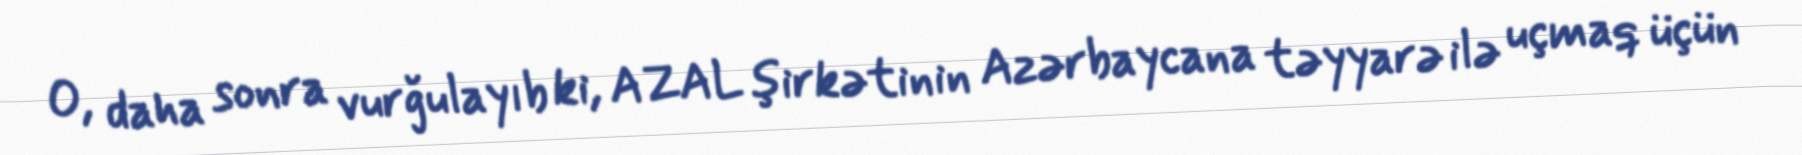
O, daha sonra vurğulayıb ki, AZAL şirkətinin Azərbaycana təyyarə ilə uçmaq üçün